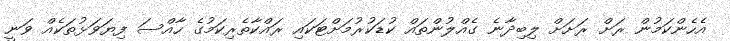
އެހެންކަމުން ރަށް ރަށަށް ލިބިދާނެ ގެއްލުންތައް ކުޑަކުރުމަށްޓަކައި ރައްކާތެރިކަމުގެ ހާއްސަ ފިޔަވަޅުތަކެއް ވަނީ